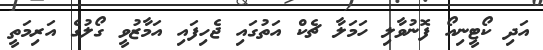
އަދި ކޯޓީނިއޯ ފޮނުވާލި ހަމަލާ ޗެކް އަތުގައި ޖެހިފައި އަމާޒުވީ ގޯލުގެ އަރިމަތީ